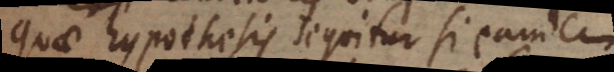
quae hypothesis sequitur si eandem